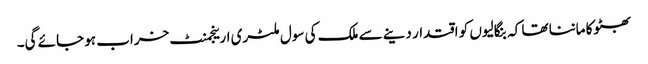
بھٹوکا ماننا تھا کہ بنگالیوں کو اقتدار دینے سے ملک کی سول ملٹری ارینجمنٹ خراب ہو جائے گی۔